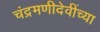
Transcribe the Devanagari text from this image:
चंद्रमणीदेवींच्या